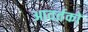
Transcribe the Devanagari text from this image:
आवर्तकों